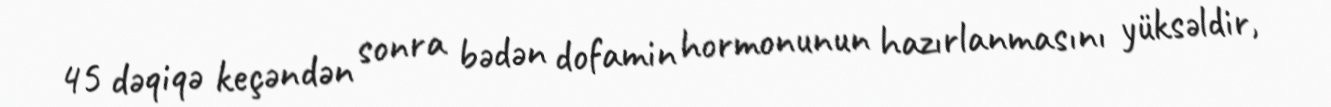
45 dəqiqə keçəndən sonra bədən dofamin hormonunun hazırlanmasını yüksəldir,